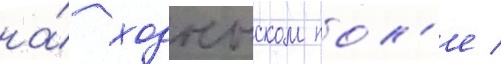
на́ ходынском пол'е /